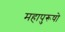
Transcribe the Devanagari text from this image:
महापुरूषो